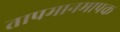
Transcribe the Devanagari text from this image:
तापमानमापक